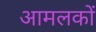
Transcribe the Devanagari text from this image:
आमलकों